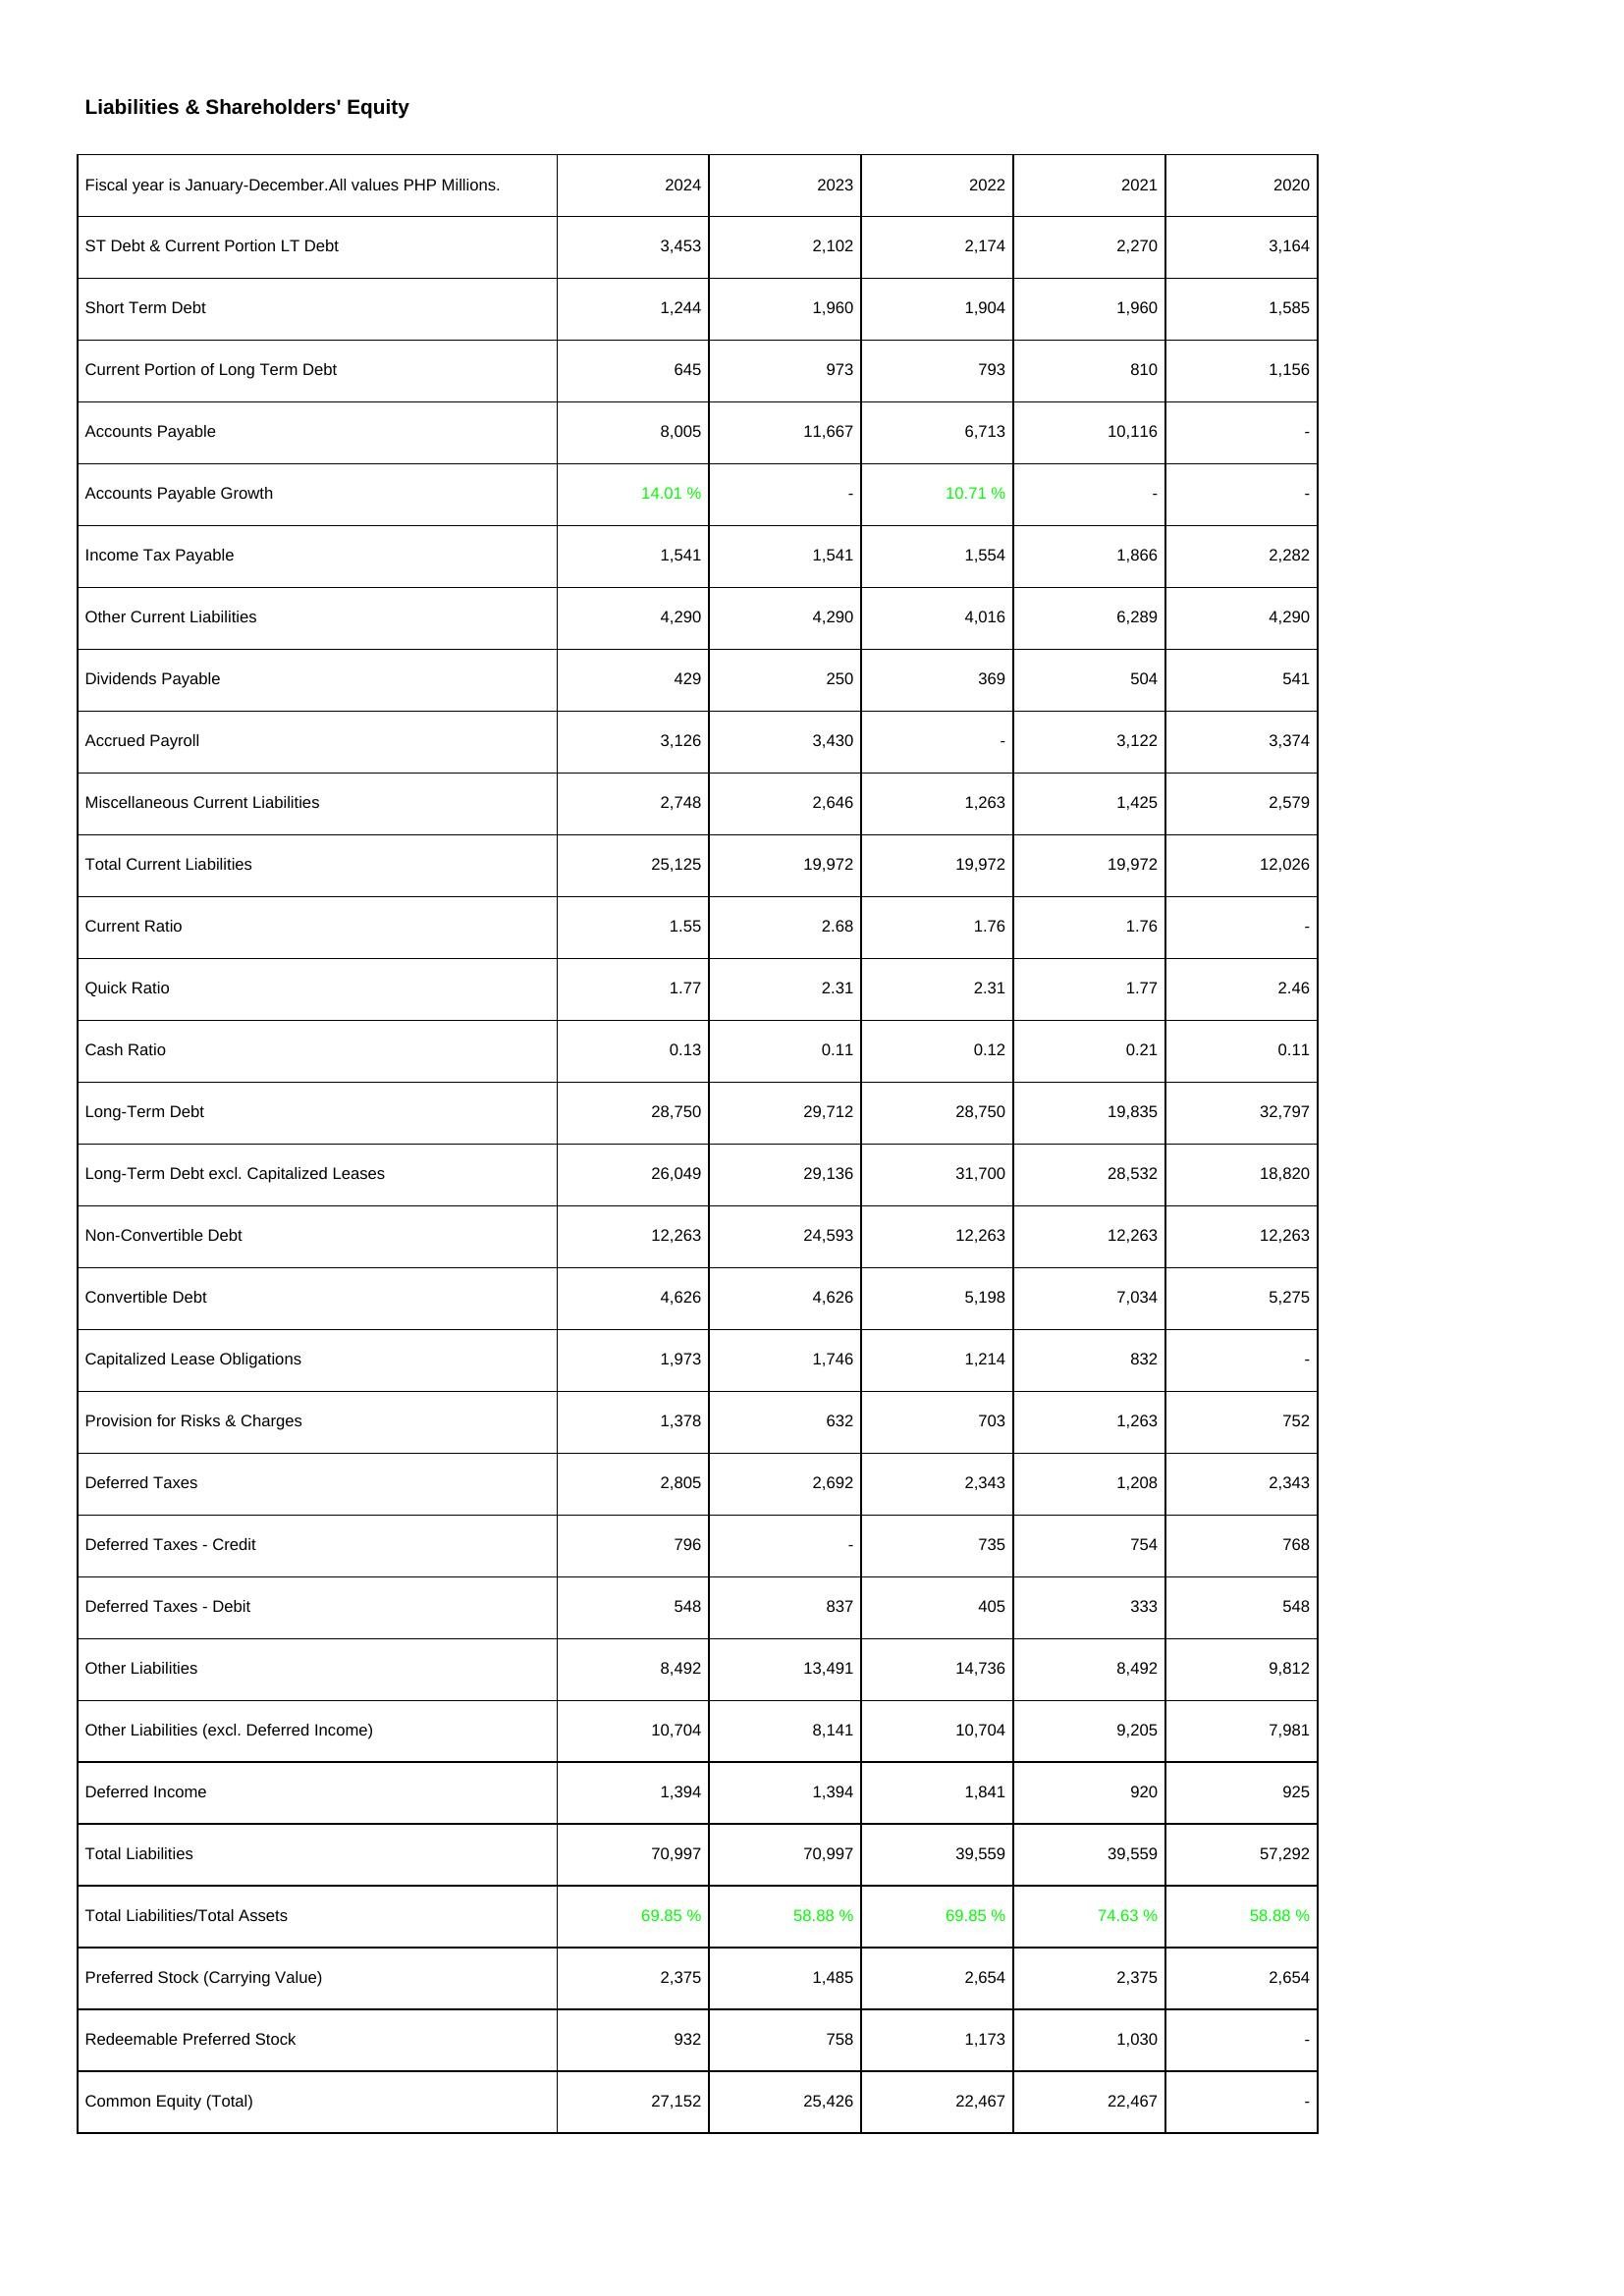
2024: Liabilities & Shareholders' Equity: ST Debt & Current Portion LT Debt: 3,453
Short Term Debt: 1,244
Current Portion of Long Term Debt: 645
Accounts Payable: 8,005
Accounts Payable Growth: 14.01 %
Income Tax Payable: 1,541
Other Current Liabilities: 4,290
Dividends Payable: 429
Accrued Payroll: 3,126
Miscellaneous Current Liabilities: 2,748
Total Current Liabilities: 25,125
Current Ratio: 1.55
Quick Ratio: 1.77
Cash Ratio: 0.13
Long-Term Debt: 28,750
Long-Term Debt excl. Capitalized Leases: 26,049
Non-Convertible Debt: 12,263
Convertible Debt: 4,626
Capitalized Lease Obligations: 1,973
Provision for Risks & Charges: 1,378
Deferred Taxes: 2,805
Deferred Taxes - Credit: 796
Deferred Taxes - Debit: 548
Other Liabilities: 8,492
Other Liabilities (excl. Deferred Income): 10,704
Deferred Income: 1,394
Total Liabilities: 70,997
Total Liabilities/Total Assets: 69.85 %
Preferred Stock (Carrying Value): 2,375
Redeemable Preferred Stock: 932
Common Equity (Total): 27,152
2023: Liabilities & Shareholders' Equity: ST Debt & Current Portion LT Debt: 2,102
Short Term Debt: 1,960
Current Portion of Long Term Debt: 973
Accounts Payable: 11,667
Accounts Payable Growth: -
Income Tax Payable: 1,541
Other Current Liabilities: 4,290
Dividends Payable: 250
Accrued Payroll: 3,430
Miscellaneous Current Liabilities: 2,646
Total Current Liabilities: 19,972
Current Ratio: 2.68
Quick Ratio: 2.31
Cash Ratio: 0.11
Long-Term Debt: 29,712
Long-Term Debt excl. Capitalized Leases: 29,136
Non-Convertible Debt: 24,593
Convertible Debt: 4,626
Capitalized Lease Obligations: 1,746
Provision for Risks & Charges: 632
Deferred Taxes: 2,692
Deferred Taxes - Credit: -
Deferred Taxes - Debit: 837
Other Liabilities: 13,491
Other Liabilities (excl. Deferred Income): 8,141
Deferred Income: 1,394
Total Liabilities: 70,997
Total Liabilities/Total Assets: 58.88 %
Preferred Stock (Carrying Value): 1,485
Redeemable Preferred Stock: 758
Common Equity (Total): 25,426
2022: Liabilities & Shareholders' Equity: ST Debt & Current Portion LT Debt: 2,174
Short Term Debt: 1,904
Current Portion of Long Term Debt: 793
Accounts Payable: 6,713
Accounts Payable Growth: 10.71 %
Income Tax Payable: 1,554
Other Current Liabilities: 4,016
Dividends Payable: 369
Accrued Payroll: -
Miscellaneous Current Liabilities: 1,263
Total Current Liabilities: 19,972
Current Ratio: 1.76
Quick Ratio: 2.31
Cash Ratio: 0.12
Long-Term Debt: 28,750
Long-Term Debt excl. Capitalized Leases: 31,700
Non-Convertible Debt: 12,263
Convertible Debt: 5,198
Capitalized Lease Obligations: 1,214
Provision for Risks & Charges: 703
Deferred Taxes: 2,343
Deferred Taxes - Credit: 735
Deferred Taxes - Debit: 405
Other Liabilities: 14,736
Other Liabilities (excl. Deferred Income): 10,704
Deferred Income: 1,841
Total Liabilities: 39,559
Total Liabilities/Total Assets: 69.85 %
Preferred Stock (Carrying Value): 2,654
Redeemable Preferred Stock: 1,173
Common Equity (Total): 22,467
2021: Liabilities & Shareholders' Equity: ST Debt & Current Portion LT Debt: 2,270
Short Term Debt: 1,960
Current Portion of Long Term Debt: 810
Accounts Payable: 10,116
Accounts Payable Growth: -
Income Tax Payable: 1,866
Other Current Liabilities: 6,289
Dividends Payable: 504
Accrued Payroll: 3,122
Miscellaneous Current Liabilities: 1,425
Total Current Liabilities: 19,972
Current Ratio: 1.76
Quick Ratio: 1.77
Cash Ratio: 0.21
Long-Term Debt: 19,835
Long-Term Debt excl. Capitalized Leases: 28,532
Non-Convertible Debt: 12,263
Convertible Debt: 7,034
Capitalized Lease Obligations: 832
Provision for Risks & Charges: 1,263
Deferred Taxes: 1,208
Deferred Taxes - Credit: 754
Deferred Taxes - Debit: 333
Other Liabilities: 8,492
Other Liabilities (excl. Deferred Income): 9,205
Deferred Income: 920
Total Liabilities: 39,559
Total Liabilities/Total Assets: 74.63 %
Preferred Stock (Carrying Value): 2,375
Redeemable Preferred Stock: 1,030
Common Equity (Total): 22,467
2020: Liabilities & Shareholders' Equity: ST Debt & Current Portion LT Debt: 3,164
Short Term Debt: 1,585
Current Portion of Long Term Debt: 1,156
Accounts Payable: -
Accounts Payable Growth: -
Income Tax Payable: 2,282
Other Current Liabilities: 4,290
Dividends Payable: 541
Accrued Payroll: 3,374
Miscellaneous Current Liabilities: 2,579
Total Current Liabilities: 12,026
Current Ratio: -
Quick Ratio: 2.46
Cash Ratio: 0.11
Long-Term Debt: 32,797
Long-Term Debt excl. Capitalized Leases: 18,820
Non-Convertible Debt: 12,263
Convertible Debt: 5,275
Capitalized Lease Obligations: -
Provision for Risks & Charges: 752
Deferred Taxes: 2,343
Deferred Taxes - Credit: 768
Deferred Taxes - Debit: 548
Other Liabilities: 9,812
Other Liabilities (excl. Deferred Income): 7,981
Deferred Income: 925
Total Liabilities: 57,292
Total Liabilities/Total Assets: 58.88 %
Preferred Stock (Carrying Value): 2,654
Redeemable Preferred Stock: -
Common Equity (Total): -